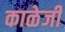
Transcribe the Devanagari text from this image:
काळेजी